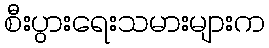
စီးပွားရေးသမားများက